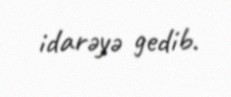
idarəyə gedib.